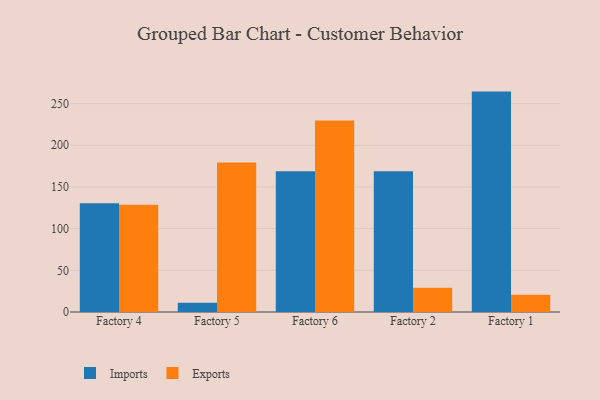
{"axis": {"x": "Factory", "y": "Budget (USD K)"}, "legend": ["Exports", "Imports"], "data": [{"x": "Factory 4", "y": 130.5, "type": "Imports"}, {"x": "Factory 4", "y": 128.6, "type": "Exports"}, {"x": "Factory 5", "y": 11.1, "type": "Imports"}, {"x": "Factory 5", "y": 179.2, "type": "Exports"}, {"x": "Factory 6", "y": 168.8, "type": "Imports"}, {"x": "Factory 6", "y": 229.8, "type": "Exports"}, {"x": "Factory 2", "y": 168.8, "type": "Imports"}, {"x": "Factory 2", "y": 29.1, "type": "Exports"}, {"x": "Factory 1", "y": 264.4, "type": "Imports"}, {"x": "Factory 1", "y": 20.6, "type": "Exports"}]}